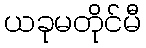
ယခုမတိုင်မီ